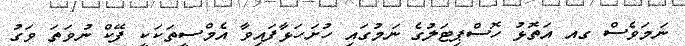
ނަމަވެސް ގއ އަތޮޅު ހޮސްޕިޓަލުގެ ނަމުގައި ހުށަހަޅާފައިވާ އެމްސީތަކަކީ ފޭކް ނުވަތަ ވަގު